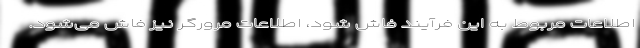
اطلاعات مربوط به این فرآیند فاش شود، اطلاعات مرورگر نیز فاش می‌شود.